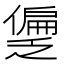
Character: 𫣱